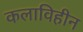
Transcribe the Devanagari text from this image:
कलाविहीन